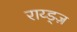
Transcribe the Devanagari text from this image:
राय्ड्ज़